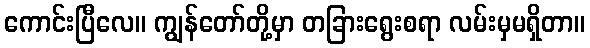
ကောင်းပြီလေ။ ကျွန်တော်တို့မှာ တခြားရွေးစရာ လမ်းမှမရှိတာ။